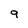
Character: 9